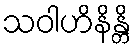
သဝါဟိနိန္တိ